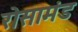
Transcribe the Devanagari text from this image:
रोसामंड